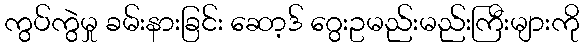
ကွပ်ကွဲမှု ခမ်းနားခြင်း ဆော့ဒ် ဂွေးဥမည်းမည်းကြီးများကို